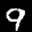
Label: 9